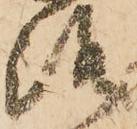
路